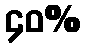
၄၀%